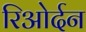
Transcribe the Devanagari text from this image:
रिओर्दन